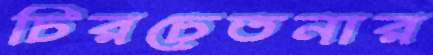
চিরচেতনার